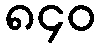
၈၄၀